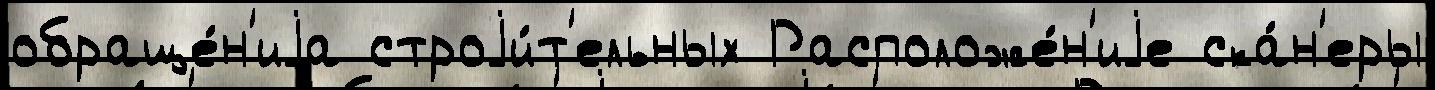
обраще́н'иjа строjи́т'ельных Расположе́н'иjе ска́н'еры